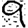
Digit: 9